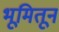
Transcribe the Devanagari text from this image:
भूमितून